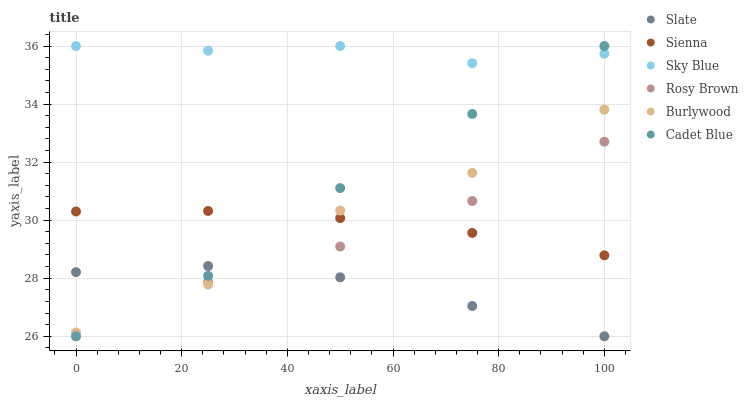
| xaxis_label | Slate | Sienna | Sky Blue | Rosy Brown | Burlywood | Cadet Blue |
 | --- | --- | --- | --- | --- | --- | --- |
 | 0 | 28.2 | 30.3 | 36 | 26 | 26.1 | 26 |
 | 25 | 28.4 | 30.3 | 35.8 | 27.9 | 27.8 | 28.1 |
 | 50 | 28 | 30.1 | 36 | 29.1 | 30.3 | 31.1 |
 | 75 | 27 | 29.6 | 35.4 | 30.7 | 31.6 | 33.7 |
 | 100 | 26 | 28.8 | 35.7 | 32.7 | 33.8 | 36 |